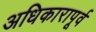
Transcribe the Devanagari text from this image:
अधिकारापूर्व